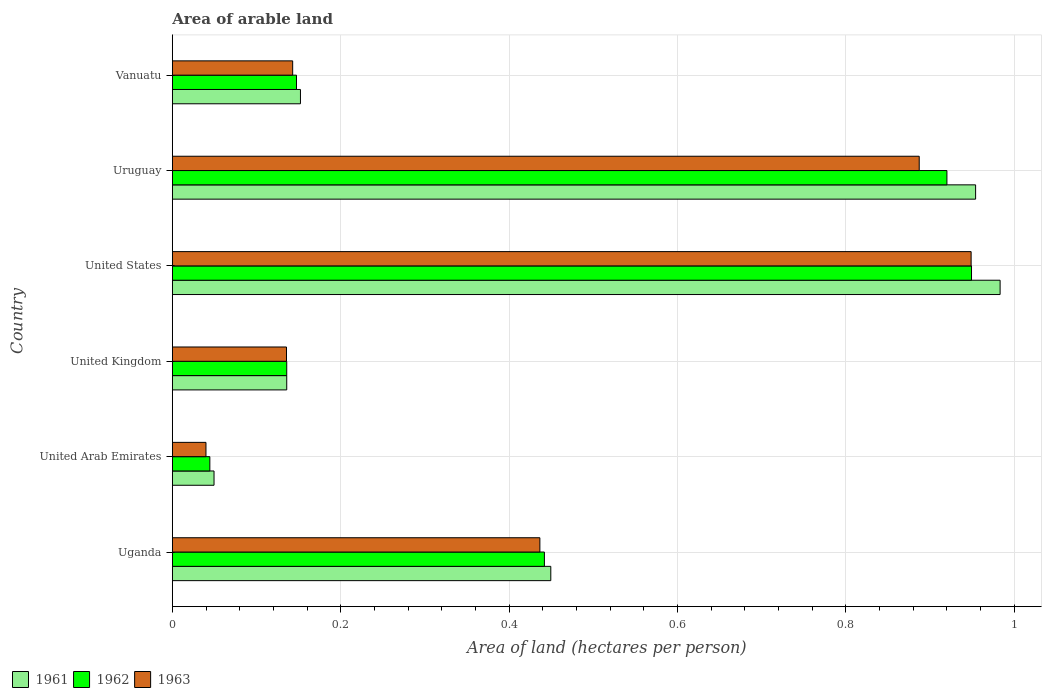
| Country | 1961 | 1962 | 1963 |
 | --- | --- | --- | --- |
 | Uganda | 0.45 | 0.442 | 0.437 |
 | United Arab Emirates | 0.0495 | 0.0445 | 0.0399 |
 | United Kingdom | 0.136 | 0.136 | 0.136 |
 | United States | 0.983 | 0.949 | 0.949 |
 | Uruguay | 0.954 | 0.92 | 0.887 |
 | Vanuatu | 0.152 | 0.147 | 0.143 |